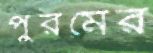
পুরমের